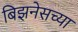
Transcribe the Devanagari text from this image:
बिझनेसच्या